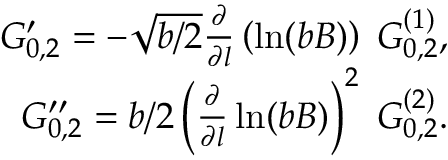
\begin{array} { r } { G _ { 0 , 2 } ^ { \prime } = - \sqrt { b / 2 } \frac { \partial } { \partial l } \left( \ln ( b B ) \right) \; G _ { 0 , 2 } ^ { ( 1 ) } , } \\ { G _ { 0 , 2 } ^ { \prime \prime } = b / 2 \left( \frac { \partial } { \partial l } \ln ( b B ) \right) ^ { 2 } \; G _ { 0 , 2 } ^ { ( 2 ) } . } \end{array}